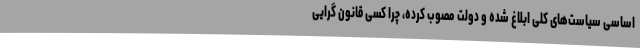
اساسی سیاست‌های کلی ابلاغ شده و دولت مصوب کرده، چرا کسی قانون گرایی